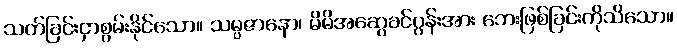
သတ်ခြင်းငှာစွမ်းနိုင်သော။ သမ္ပဇာနော၊ မိမိအဆွေခင်ပွန်းအား ဘေးဖြစ်ခြင်းကိုသိသော။